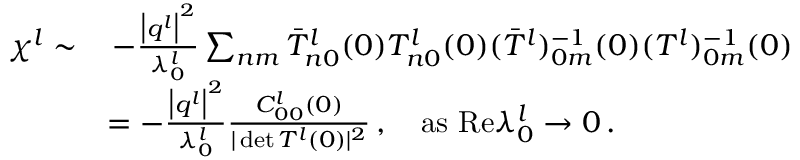
\begin{array} { r l } { \chi ^ { l } \sim } & { \, - \frac { \big \vert \boldsymbol { q } ^ { l } \big \vert ^ { 2 } } { \lambda _ { 0 } ^ { l } } \sum _ { n m } { \bar { T } _ { n 0 } ^ { l } ( 0 ) T _ { n 0 } ^ { l } ( 0 ) ( \bar { T } ^ { l } ) _ { 0 m } ^ { - 1 } ( 0 ) ( T ^ { l } ) _ { 0 m } ^ { - 1 } ( 0 ) } } \\ & { = - \frac { \big \vert \boldsymbol { q } ^ { l } \big \vert ^ { 2 } } { \lambda _ { 0 } ^ { l } } \frac { C _ { 0 0 } ^ { l } ( 0 ) } { \vert \operatorname* { d e t } T ^ { l } ( 0 ) \vert ^ { 2 } } \, , ~ ~ ~ \mathrm { a s } ~ \mathrm { R e } \lambda _ { 0 } ^ { l } \rightarrow 0 \, . } \end{array}